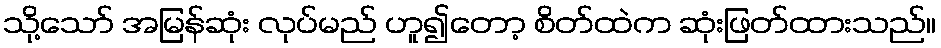
သို့သော် အမြန်ဆုံး လုပ်မည် ဟူ၍တော့ စိတ်ထဲက ဆုံးဖြတ်ထားသည်။